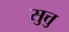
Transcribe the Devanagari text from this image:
सुत्तु